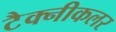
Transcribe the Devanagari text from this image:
टैक्नीकलर